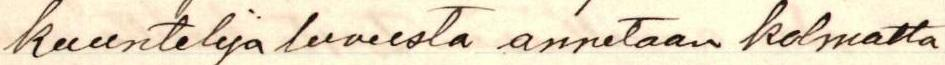
kuuntelija luvusta annetaan kolmatta